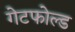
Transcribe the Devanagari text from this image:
गेटफोल्ड